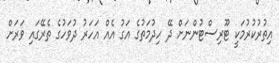
އިތުރުކުރުމަކީ ޓޫރިސްޓުންނަށް ދޭ ހިދުމަތުގެ އަގު އެއް އަހަރު ދުވަހުގެ ތެރޭގައި ވަރަށް